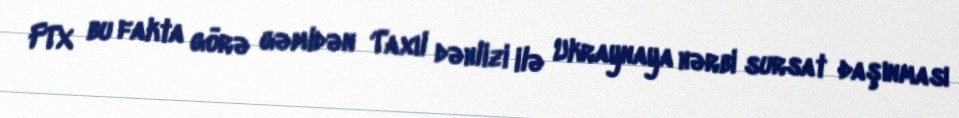
FTX bu fakta görə gəmidən Taxıl dəhlizi ilə Ukraynaya hərbi sursat daşınması